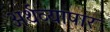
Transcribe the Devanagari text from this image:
अर्थव्यापार